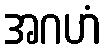
အဂဟံ